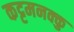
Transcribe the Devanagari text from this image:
कट्टमनक्कु